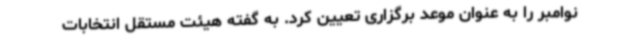
نوامبر را به عنوان موعد برگزاری تعیین کرد. به گفته هیئت مستقل انتخابات